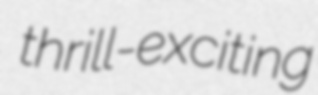
thrill-exciting